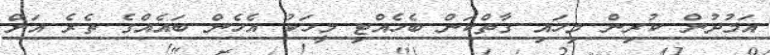
އަމުދުން ކުރިން މިހައި ގާތްކަން ބެހެއްޓި މީހަކު އެހެން ބައެއްގެ ތެރެ އަށް